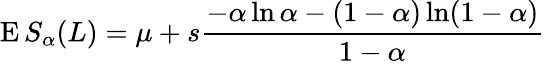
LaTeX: \operatorname{E}S_{\alpha}(L)=\mu+s{\frac{-\alpha\ln\alpha-(1-\alpha)\ln(1-\alpha)}{1-\alpha}}